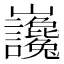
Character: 𡿣